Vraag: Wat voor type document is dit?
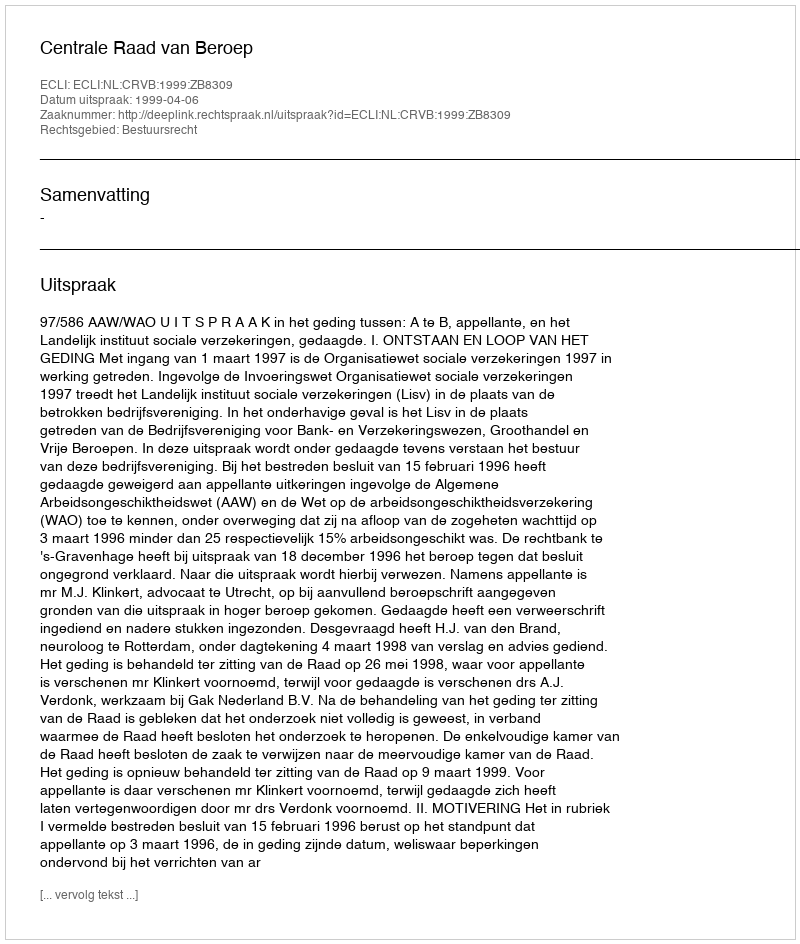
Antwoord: Uitspraak